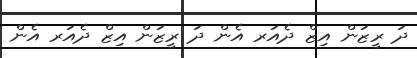
ދަ ރީޒަން އިޒް ދެއަރ އެން ދަ ރީޒަން އިޒް ދެއަރ އެން